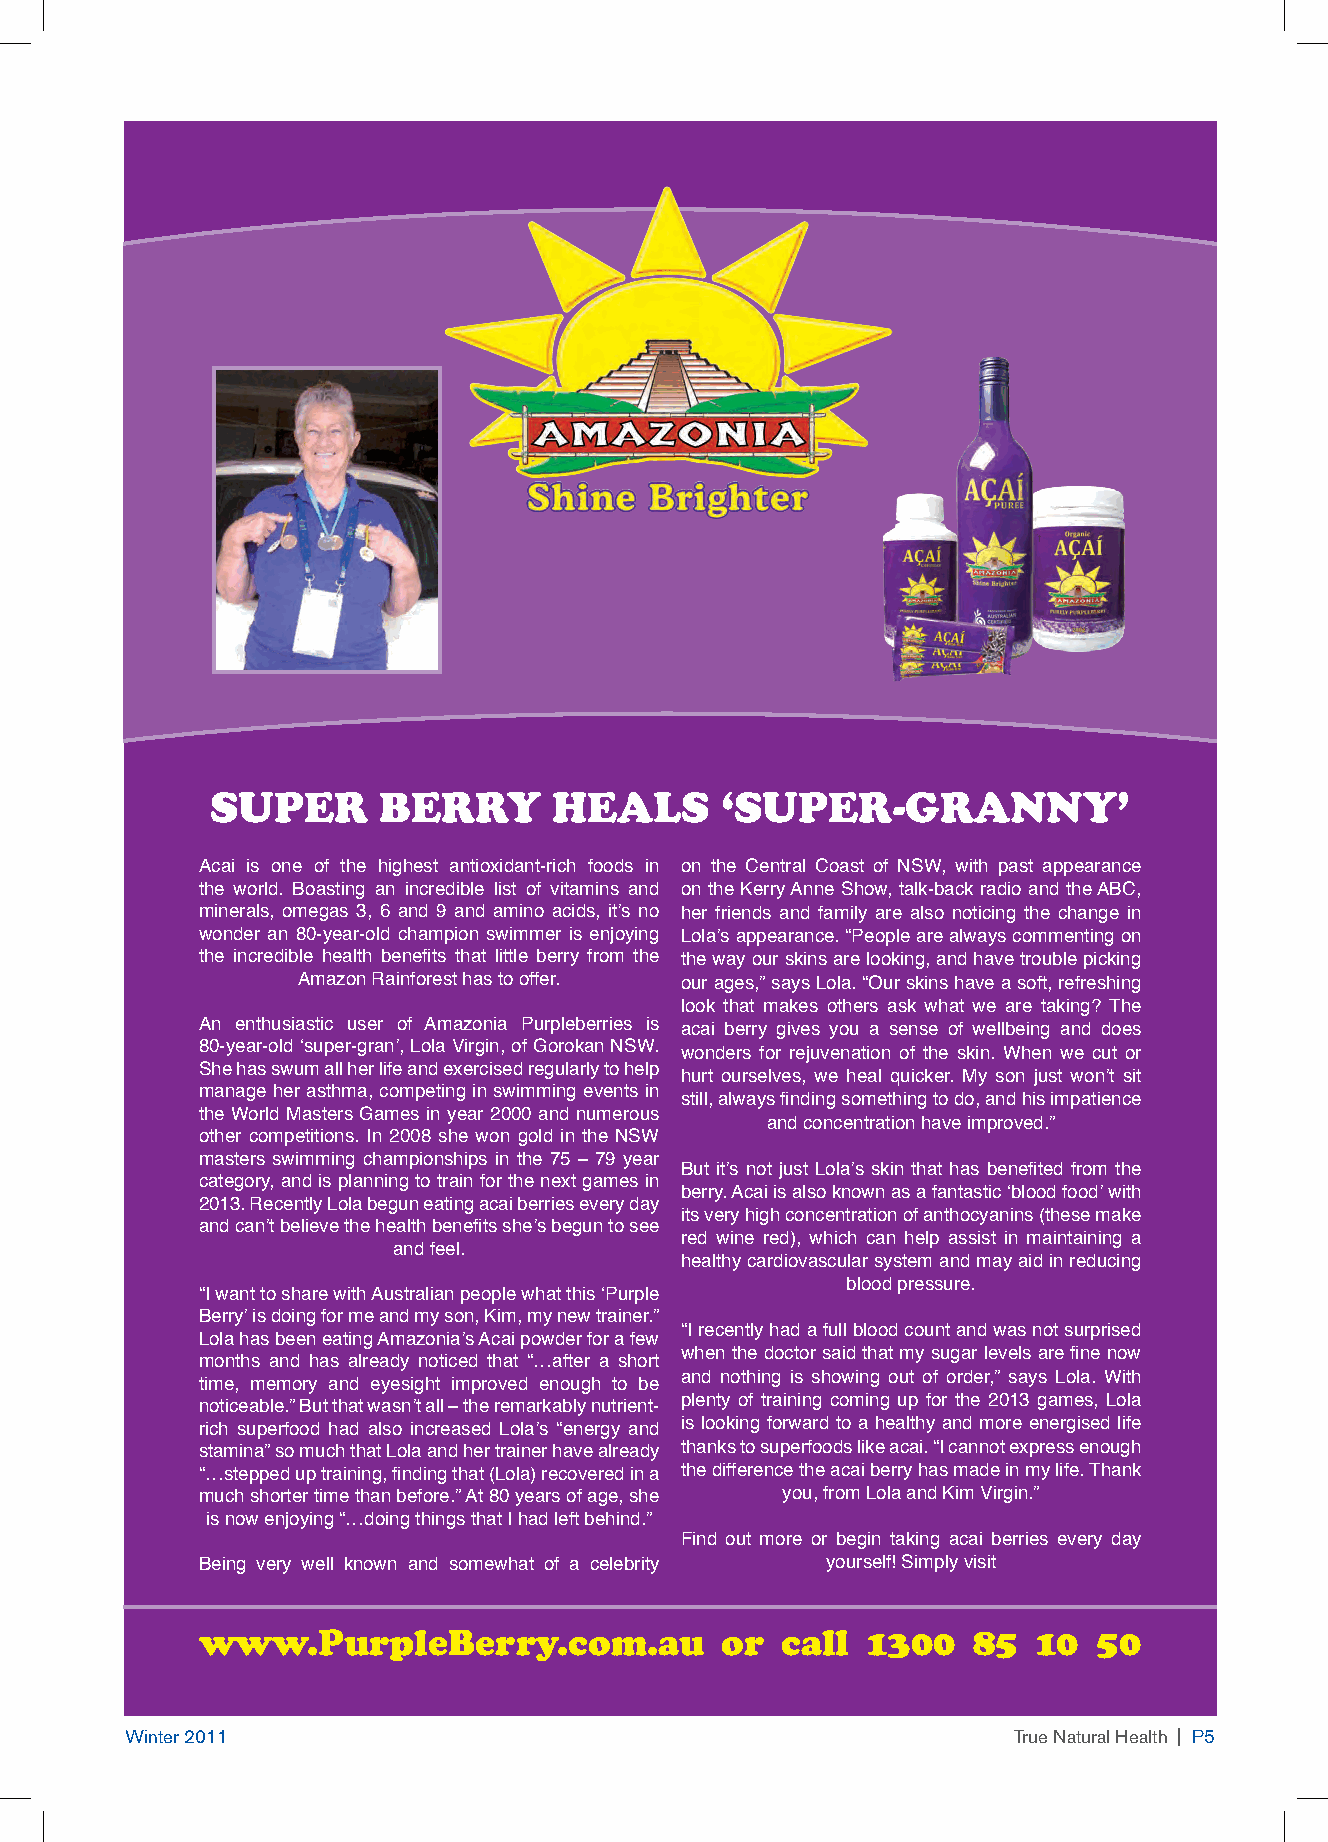
SUPER      BERRY       HEALS      ‘SUPER-GRANNY’
 Acai is one of the highest antioxidant-rich foods in on the Central Coast of NSW, with past appearance
 the world. Boasting an incredible list of vitamins and on the Kerry Anne Show, talk-back radio and the ABC,
 minerals, omegas 3, 6 and 9 and amino acids, it’s no her friends and family are also noticing the change in
 wonder an 80-year-old champion swimmer is enjoying Lola’s appearance. “People are always commenting on
 the incredible health benefi ts that little berry from the the way our skins are looking, and have trouble picking
 Amazon Rainforest has to offer. our ages,” says Lola. “Our skins have a soft, refreshing
 look that makes others ask what we are taking? The
 An enthusiastic user of Amazonia Purpleberries is acai berry gives you a sense of wellbeing and does
 80-year-old ‘super-gran’, Lola Virgin, of Gorokan NSW.
 wonders for rejuvenation of the skin. When we cut or
 She has swum all her life and exercised regularly to help
 hurt ourselves, we heal quicker. My son just won’t sit
 manage her asthma, competing in swimming events in
 still, always fi nding something to do, and his impatience
 the World Masters Games in year 2000 and numerous
 and concentration have improved.”
 other competitions. In 2008 she won gold in the NSW
 masters swimming championships in the 75 – 79 year
 But it’s not just Lola’s skin that has benefi ted from the
 category, and is planning to train for the next games in
 berry. Acai is also known as a fantastic ‘blood food’ with
 2013. Recently Lola begun eating acai berries every day
 its very high concentration of anthocyanins (these make
 and can’t believe the health benefi ts she’s begun to see
 red wine red), which can help assist in maintaining a
 and feel.
 healthy cardiovascular system and may aid in reducing
 blood pressure.
 “I want to share with Australian people what this ‘Purple
 Berry’ is doing for me and my son, Kim, my new trainer.”
 “I recently had a full blood count and was not surprised
 Lola has been eating Amazonia’s Acai powder for a few
 when the doctor said that my sugar levels are fi ne now
 months and has already noticed that “…after a short
 and nothing is showing out of order,” says Lola. With
 time, memory and eyesight improved enough to be
 plenty of training coming up for the 2013 games, Lola
 noticeable.” But that wasn’t all – the remarkably nutrient-
 rich superfood had also increased Lola’s “energy and is looking forward to a healthy and more energised life
 stamina” so much that Lola and her trainer have already thanks to superfoods like acai. “I cannot express enough
 “…stepped up training, fi nding that (Lola) recovered in a the difference the acai berry has made in my life. Thank
 much shorter time than before.” At 80 years of age, she you, from Lola and Kim Virgin.”
 is now enjoying “…doing things that I had left behind.”
 Find out more or begin taking acai berries every day
 Being very well known and somewhat of a celebrity yourself! Simply visit
 www.PurpleBerry.com.au             or  call 1300   85   10  50
 Winter 2011                                                True Natural Health | P5